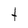
Character: T